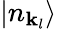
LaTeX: |n_{\mathbf{k}_{l}}\rangle